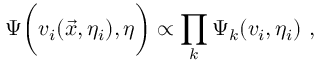
\Psi \biggl ( v _ { i } ( \vec { x } , \eta _ { i } ) , \eta \biggr ) \propto \prod _ { k } \Psi _ { k } ( v _ { i } , \eta _ { i } ) ~ ,